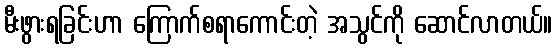
မီးဖွားရခြင်းဟာ ကြောက်စရာကောင်းတဲ့ အသွင်ကို ဆောင်လာတယ်။